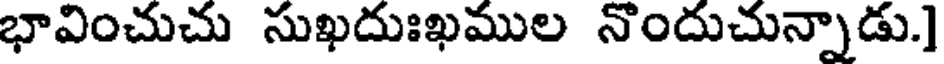
భావించుచు సుఖదుఃఖముల నొందుచున్నాడు.]